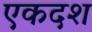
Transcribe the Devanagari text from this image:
एकदश